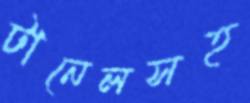
টানেলসহ